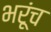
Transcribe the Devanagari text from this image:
भरूंच